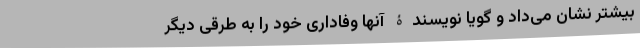
بیشتر نشان می‌داد و گویا نویسندۀ آنها وفاداری خود را به طرقی دیگر